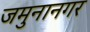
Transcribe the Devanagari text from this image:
जमुनानगर